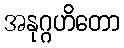
အနုဂ္ဂဟိတော